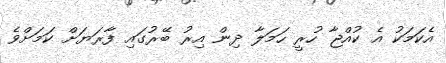
އެކަމަކު އެ ކުއްޖާ ހުރީ ހަމަލާ ދިން އިރު ބޭރުގައި ފާރަޔަށް ކަމަށްވެ